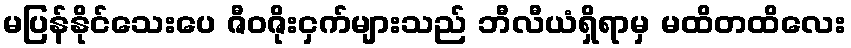
မပြန်နိုင်သေးပေ ဇီဝဇိုးငှက်များသည် ဘီလီယံရှိရာမှ မထိတထိလေး